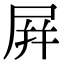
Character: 屛